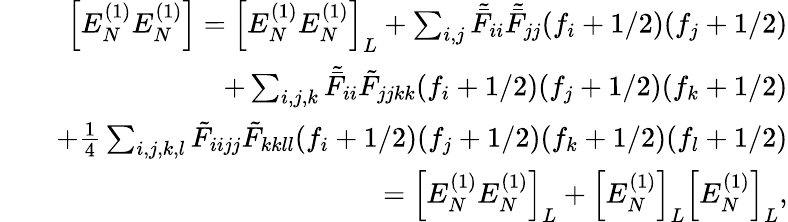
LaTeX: \begin{array}{rlr}&{}&{\Big[E_{N}^{(1)}E_{N}^{(1)}\Big]=\Big[E_{N}^{(1)}E_{N}^{(1)}\Big]_{L}+\sum_{i,j}{\tilde{\bar{F}}_{ii}\tilde{\bar{F}}_{jj}}(f_{i}+1/2)(f_{j}+1/2)}\\ &{}&{+\sum_{i,j,k}{\tilde{\bar{F}}_{ii}\tilde{F}_{jjkk}}(f_{i}+1/2)(f_{j}+1/2)(f_{k}+1/2)}\\ &{}&{+\frac{1}{4}\sum_{i,j,k,l}{\tilde{F}_{iijj}\tilde{F}_{kkll}}{(f_{i}+1/2)}{(f_{j}+1/2)}{(f_{k}+1/2)}{(f_{l}+1/2)}}\\ &{}&{=\Big[E_{N}^{(1)}E_{N}^{(1)}\Big]_{L}+\Big[E_{N}^{(1)}\Big]_{L}\Big[E_{N}^{(1)}\Big]_{L},}\end{array}